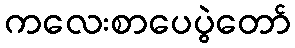
ကလေးစာပေပွဲတော်